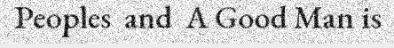
Peoples  and  A Good Man is